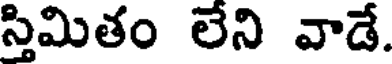
స్తిమితం లేని వాడే.